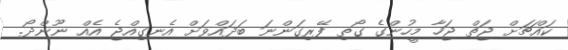
ކައްޗަށް ޖަތް ޖަހާ މީހުންގެ ގޯތި ފޭރިގަންނަ ބަދައްވަށް އެނގިއްޖެ އެއް ނޫންދޯ.